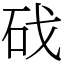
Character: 䂝